Civil Veterinary Department Bengal reports 1933-51 - 1933-1951
Year: 1933
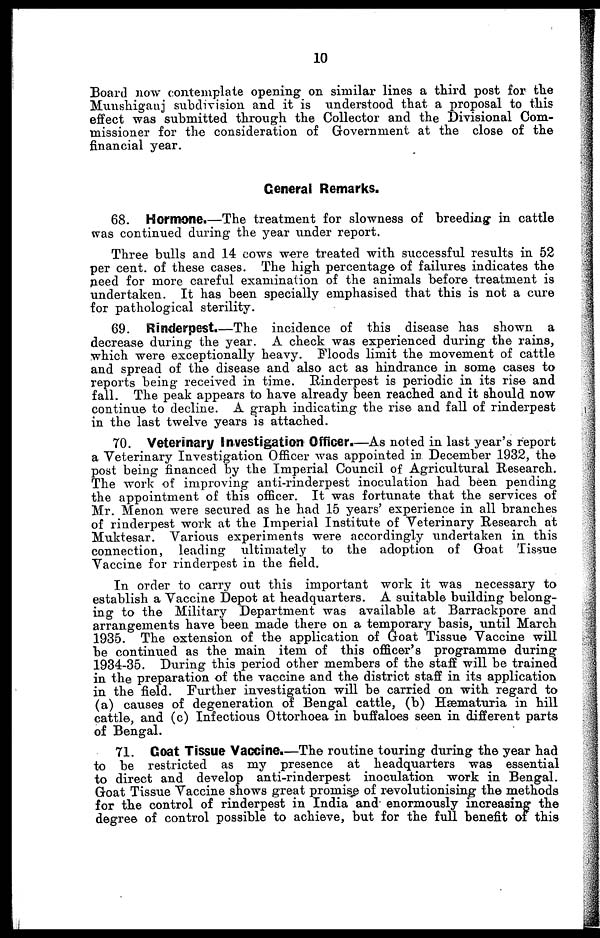
10
Board now contemplate opening on similar lines a third post for the
Munshiganj subdivision and it is understood that a proposal to this
effect was submitted through the Collector and the Divisional Com-
missioner for the consideration of Government at the close of the
financial year.
General Remarks.
68. Hormone.—The treatment for slowness of breeding in cattle
was continued during the year under report.
Three bulls and 14 cows were treated with successful results in 52
per cent. of these cases. The high percentage of failures indicates the
need for more careful examination of the animals before treatment is
undertaken. It has been specially emphasised that this is not a cure
for pathological sterility.
69. Rinderpest.—The incidence of this disease has shown a
decrease during the year. A check was experienced during the rains,
which were exceptionally heavy. Floods limit the movement of cattle
and spread of the disease and also act as hindrance in some cases to
reports being received in time. Rinderpest is periodic in its rise and
fall. The peak appears to have already been reached and it should now
continue to decline. A graph indicating the rise and fall of rinderpest
in the last twelve years is attached.
70. Veterinary Investigation Officer.—As noted in last year's report
a Veterinary Investigation Officer was appointed in December 1932, the
post being financed by the Imperial Council of Agricultural Research.
The work of improving anti-rinderpest inoculation had been pending
the appointment of this officer. It was fortunate that the services of
Mr. Menon were secured as he had 15 years' experience in all branches
of rinderpest work at the Imperial Institute of Veterinary Research at
Muktesar. Various experiments were accordingly undertaken in this
connection, leading ultimately to the adoption of Goat Tissue
Vaccine for rinderpest in the field.
In order to carry out this important work it was necessary to
establish a Vaccine Depot at headquarters. A suitable building belong-
ing to the Military Department was available at Barrackpore and
arrangements have been made there on a temporary basis, until March
1935. The extension of the application of Goat Tissue Vaccine will
be continued as the main item of this officer's programme during
1934-35. During this period other members of the staff will be trained
in the preparation of the vaccine and the district staff in its application
in the field. Further investigation will be carried on with regard to
(a) causes of degeneration of Bengal cattle, (b) Hæmaturia in hill
cattle, and (c) Infectious Ottorhoea in buffaloes seen in different parts
of Bengal.
71. Coat Tissue Vaccine.—The routine touring during the year had
to be restricted as my presence at headquarters was essential
to direct and develop anti-rinderpest inoculation work in Bengal.
Goat Tissue Vaccine shows great promise of revolutionising the methods
for the control of rinderpest in India and enormously increasing the
degree of control possible to achieve, but for the full benefit of this